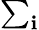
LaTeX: \textstyle\sum_{\mathbf{i}}